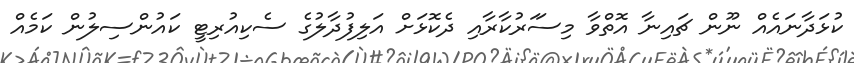
ކުޅަދާނައެއް ނޫން ޗައިނާ އޮތްވާ މިސަަރުކާރާއި ދެކޮޅަށް އަލިފުދާލުގެ ސެކިއުރިޓީ ކައުންސިލުން ކަމެއް